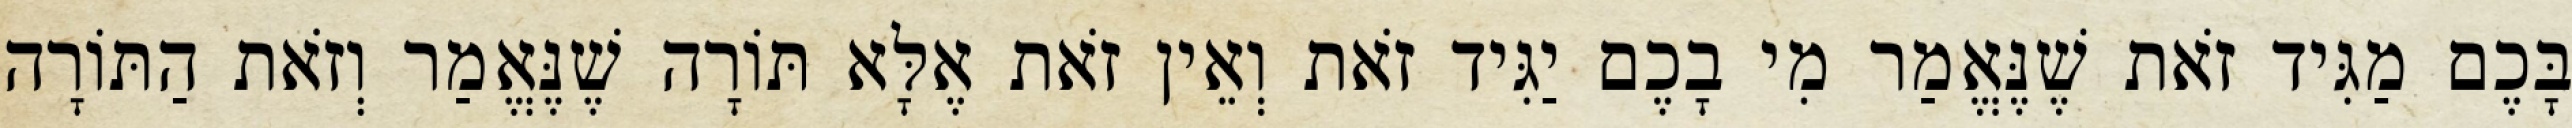
בָּכֶם מַגִּיד זֹאת שֶׁנֶּאֱמַר מִי בָכֶם יַגִּיד זֹאת וְאֵין זֹאת אֶלָּא תּוֹרָה שֶׁנֶּאֱמַר וְזֹאת הַתּוֹרָה